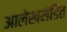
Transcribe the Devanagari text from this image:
आलेखमंडित